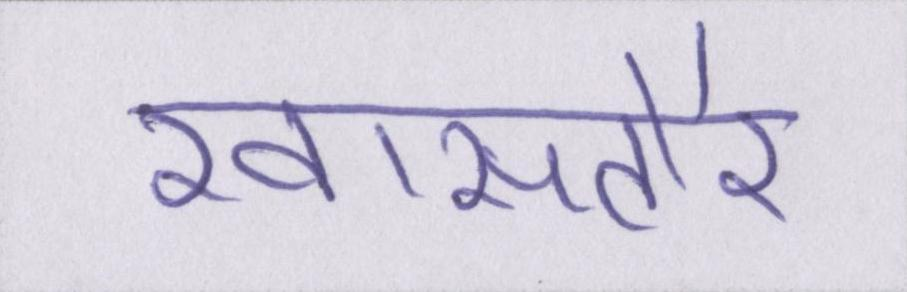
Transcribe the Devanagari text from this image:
खासतौर